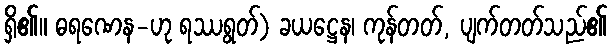
ရှိ၏။ ဓရဏေန-ဟု ရဿရွတ်) ခယဋ္ဌေန၊ ကုန်တတ်, ပျက်တတ်သည်၏